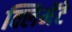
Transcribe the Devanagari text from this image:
क्लिमेंटे